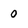
Character: 0